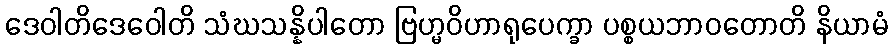
ဒေဝါတိဒေဝေါတိ သံဃသန္နိပါတော ဗြဟ္မဝိဟာရုပေက္ခာ ပစ္စယဘာဝတောတိ နိယာမံ